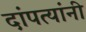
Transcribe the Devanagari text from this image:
दांपत्यांनी